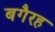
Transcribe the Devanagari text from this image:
बगैरह